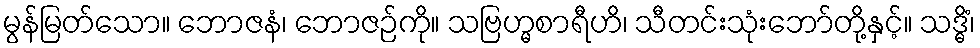
မွန်မြတ်သော။ ဘောဇနံ၊ ဘောဇဉ်ကို။ သဗြဟ္မစာရီဟိ၊ သီတင်းသုံးဘော်တို့နှင့်။ သဒ္ဓိံ၊